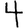
Digit: 4